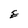
Character: E